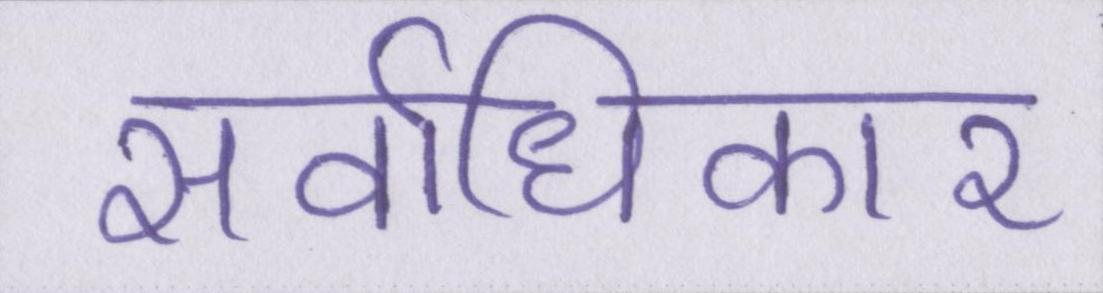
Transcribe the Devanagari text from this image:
सर्वाधिकार